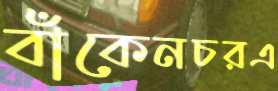
বাঁকেনচরএ